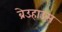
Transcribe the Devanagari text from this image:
ब्रेउहाउस